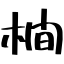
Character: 橺